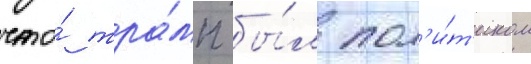
что́ тра́мп бы́л пол'и́т'иком